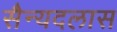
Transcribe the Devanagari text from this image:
सैन्यदलास